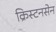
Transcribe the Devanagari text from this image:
क्रिस्टनसेन